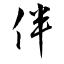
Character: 伴